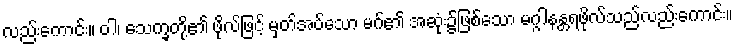
လည်းကောင်း။ ဝါ၊ သေက္ခတို့၏ ဖိုလ်ဖြင့် မှတ်အပ်သော မဂ်၏ အဆုံး၌ဖြစ်သော မဂ္ဂါနန္တရဖိုလ်သည်လည်းကောင်း။